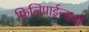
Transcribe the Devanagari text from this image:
फिलिपाईन्सची